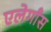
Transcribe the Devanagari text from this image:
एलेगाँस